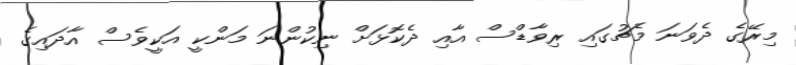
މިރޭގެ ދެވަނަ މެޗުގައި ރިވާޑްސް އާއި ދެކޮޅަށް ނިކުންނަ މަންކީ އަކީވެސް އާދައިގެ